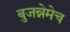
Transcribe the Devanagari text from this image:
बुजन्नेमेच